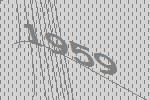
1959